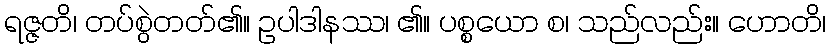
ရဇ္ဇတိ၊ တပ်စွဲတတ်၏။ ဥပါဒါနဿ၊ ၏။ ပစ္စယော စ၊ သည်လည်း။ ဟောတိ၊